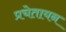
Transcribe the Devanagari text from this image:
प्रचेतायन